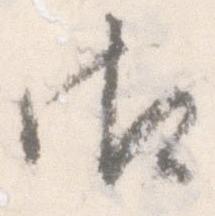
御